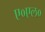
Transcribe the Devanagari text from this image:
ए०एल०